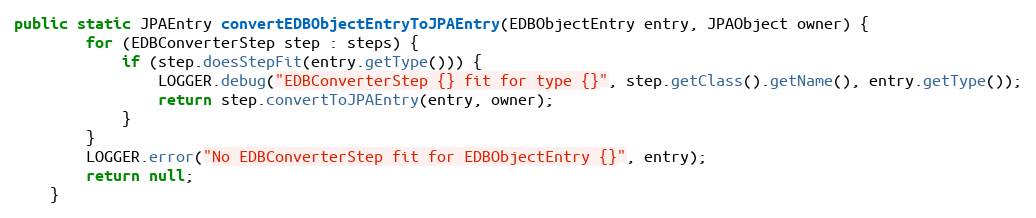
Language: Java
public static JPAEntry convertEDBObjectEntryToJPAEntry(EDBObjectEntry entry, JPAObject owner) {
        for (EDBConverterStep step : steps) {
            if (step.doesStepFit(entry.getType())) {
                LOGGER.debug("EDBConverterStep {} fit for type {}", step.getClass().getName(), entry.getType());
                return step.convertToJPAEntry(entry, owner);
            }
        }
        LOGGER.error("No EDBConverterStep fit for EDBObjectEntry {}", entry);
        return null;
    }